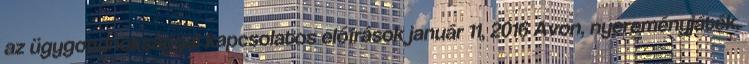
az ügygondnoksággal kapcsolatos előírások január 11, 2016 Avon, nyereményjáték,